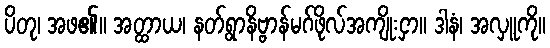
ပိတု၊ အဖ၏။ အတ္ထာယ၊ နတ်ရွာနိဗ္ဗာန်မဂ်ဖိုလ်အကျိုးငှာ။ ဒါနံ၊ အလှူကို။